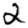
Digit: 2